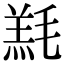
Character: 𣯇